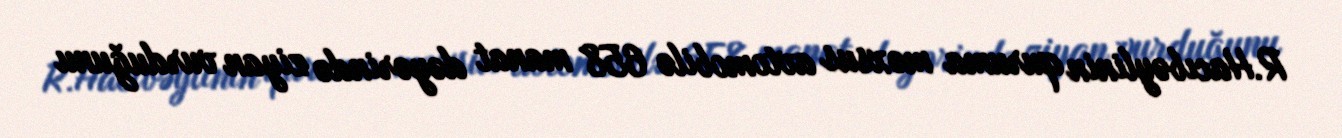
R.Hacıbəylinin quruma məxsus avtomobilə 658 manat dəyərində ziyan vurduğunu